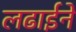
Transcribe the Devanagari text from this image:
लढाईने